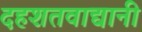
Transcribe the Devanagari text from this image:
दहशतवाद्यानी